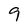
Character: 9